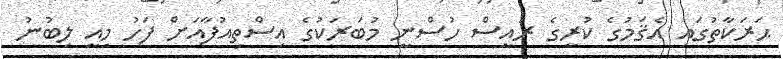
ޙަރަކާތުގައި އެޤަމުގެ ކުރީގެ ރައީސް ހުސްނީ މުބަރަކުގެ އިސްތިއުފާއަށް ފަހު މިއީ ލިބުނު